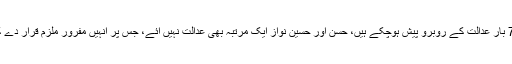
نواز شریف 5 مرتبہ، مریم نواز اور کیپٹن ریٹائرڈ صفدر 7 بار عدالت کے روبرو پیش ہوچکے ہیں، حسن اور حسین نواز ایک مرتبہ بھی عدالت نہیں آئے، جس پر انہیں مفرور ملزم قرار دے کر اشتہاری ملزم قرار دینے کی کارروائی کا آغاز کیا گیا۔